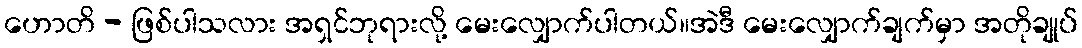
ဟောတိ - ဖြစ်ပါသလား အရှင်ဘုရားလို့ မေးလျှောက်ပါတယ်။အဲဒီ မေးလျှောက်ချက်မှာ အတိုချုပ်